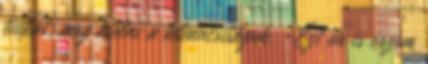
fiúkat, meg kiélni a kíváncsiságuk. -Ezt én is érzem